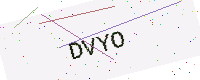
Text: DVYO